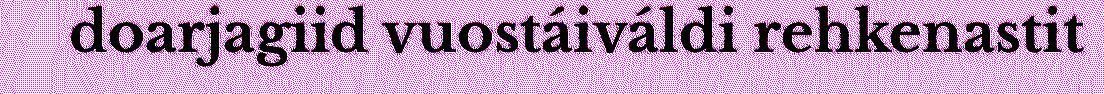
doarjagiid vuostáiváldi rehkenastit